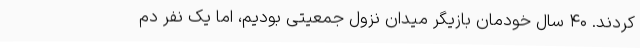
کردند. ۴۰ سال خودمان بازیگر میدان نزول جمعیتی بودیم، اما یک نفر دم